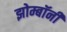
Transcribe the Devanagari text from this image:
झोम्बॉनी